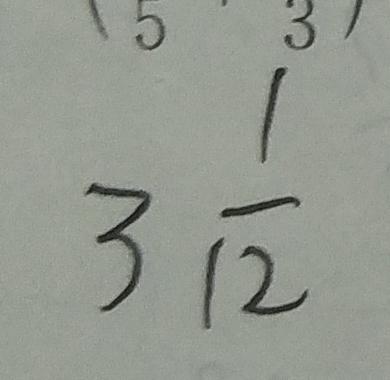
3 \frac { 1 } { 1 2 }